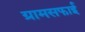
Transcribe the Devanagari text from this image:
ग्रामसफाई